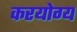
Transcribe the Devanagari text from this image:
करयोग्य